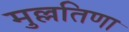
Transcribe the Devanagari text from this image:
मुल्लतिणा